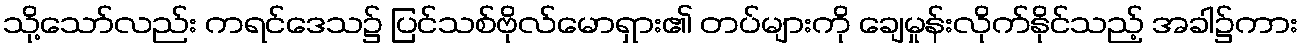
သို့သော်လည်း ကရင်ဒေသ၌ ပြင်သစ်ဗိုလ်မောရှား၏ တပ်များကို ချေမှုန်းလိုက်နိုင်သည့် အခါ၌ကား